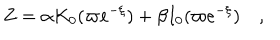
Z = \alpha K _ { 0 } ( \varpi e ^ { - \xi } ) + \beta I _ { 0 } ( \varpi e ^ { - \xi } ) \quad ,